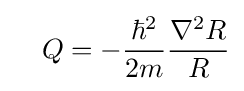
\quad Q=-{\frac {\hbar ^{2}}{2m}}{\frac {\nabla ^{2}R}{R}}